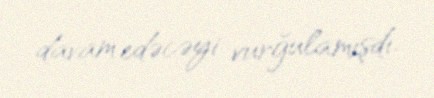
davam edəcəyi vurğulamışdı.